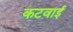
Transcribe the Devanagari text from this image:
कटवाई